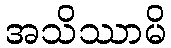
အသိဿာမိ